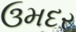
ઉમદર